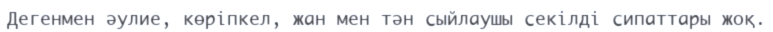
Дегенмен әулие, көріпкел, жан мен тән сыйлаушы секілді сипаттары жоқ.